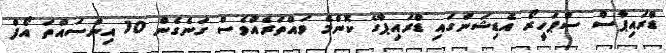
ޑްރައިޕާސް ސުޕަހީރޯ އެޑިޝަންގައި ޑްރައިޕާގެ ކޮންމެ ވައްތަރެއްވެސް ގަނެގެން 10 އިންސައްތަ އޯފް